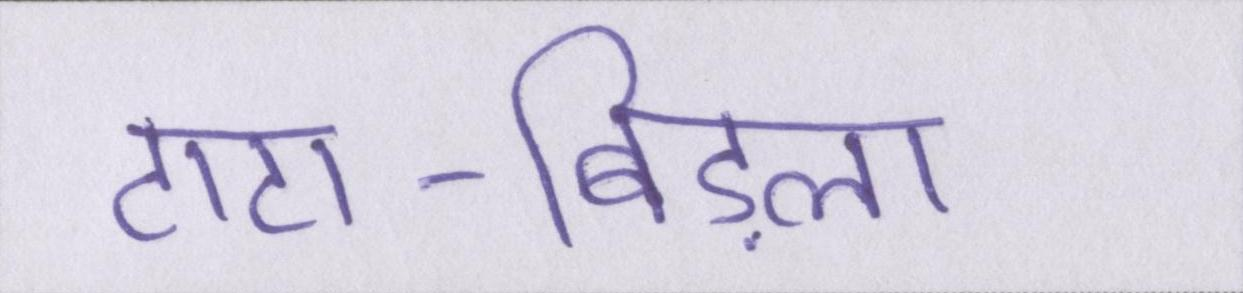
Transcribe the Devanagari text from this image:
टाटा-बिड़ला